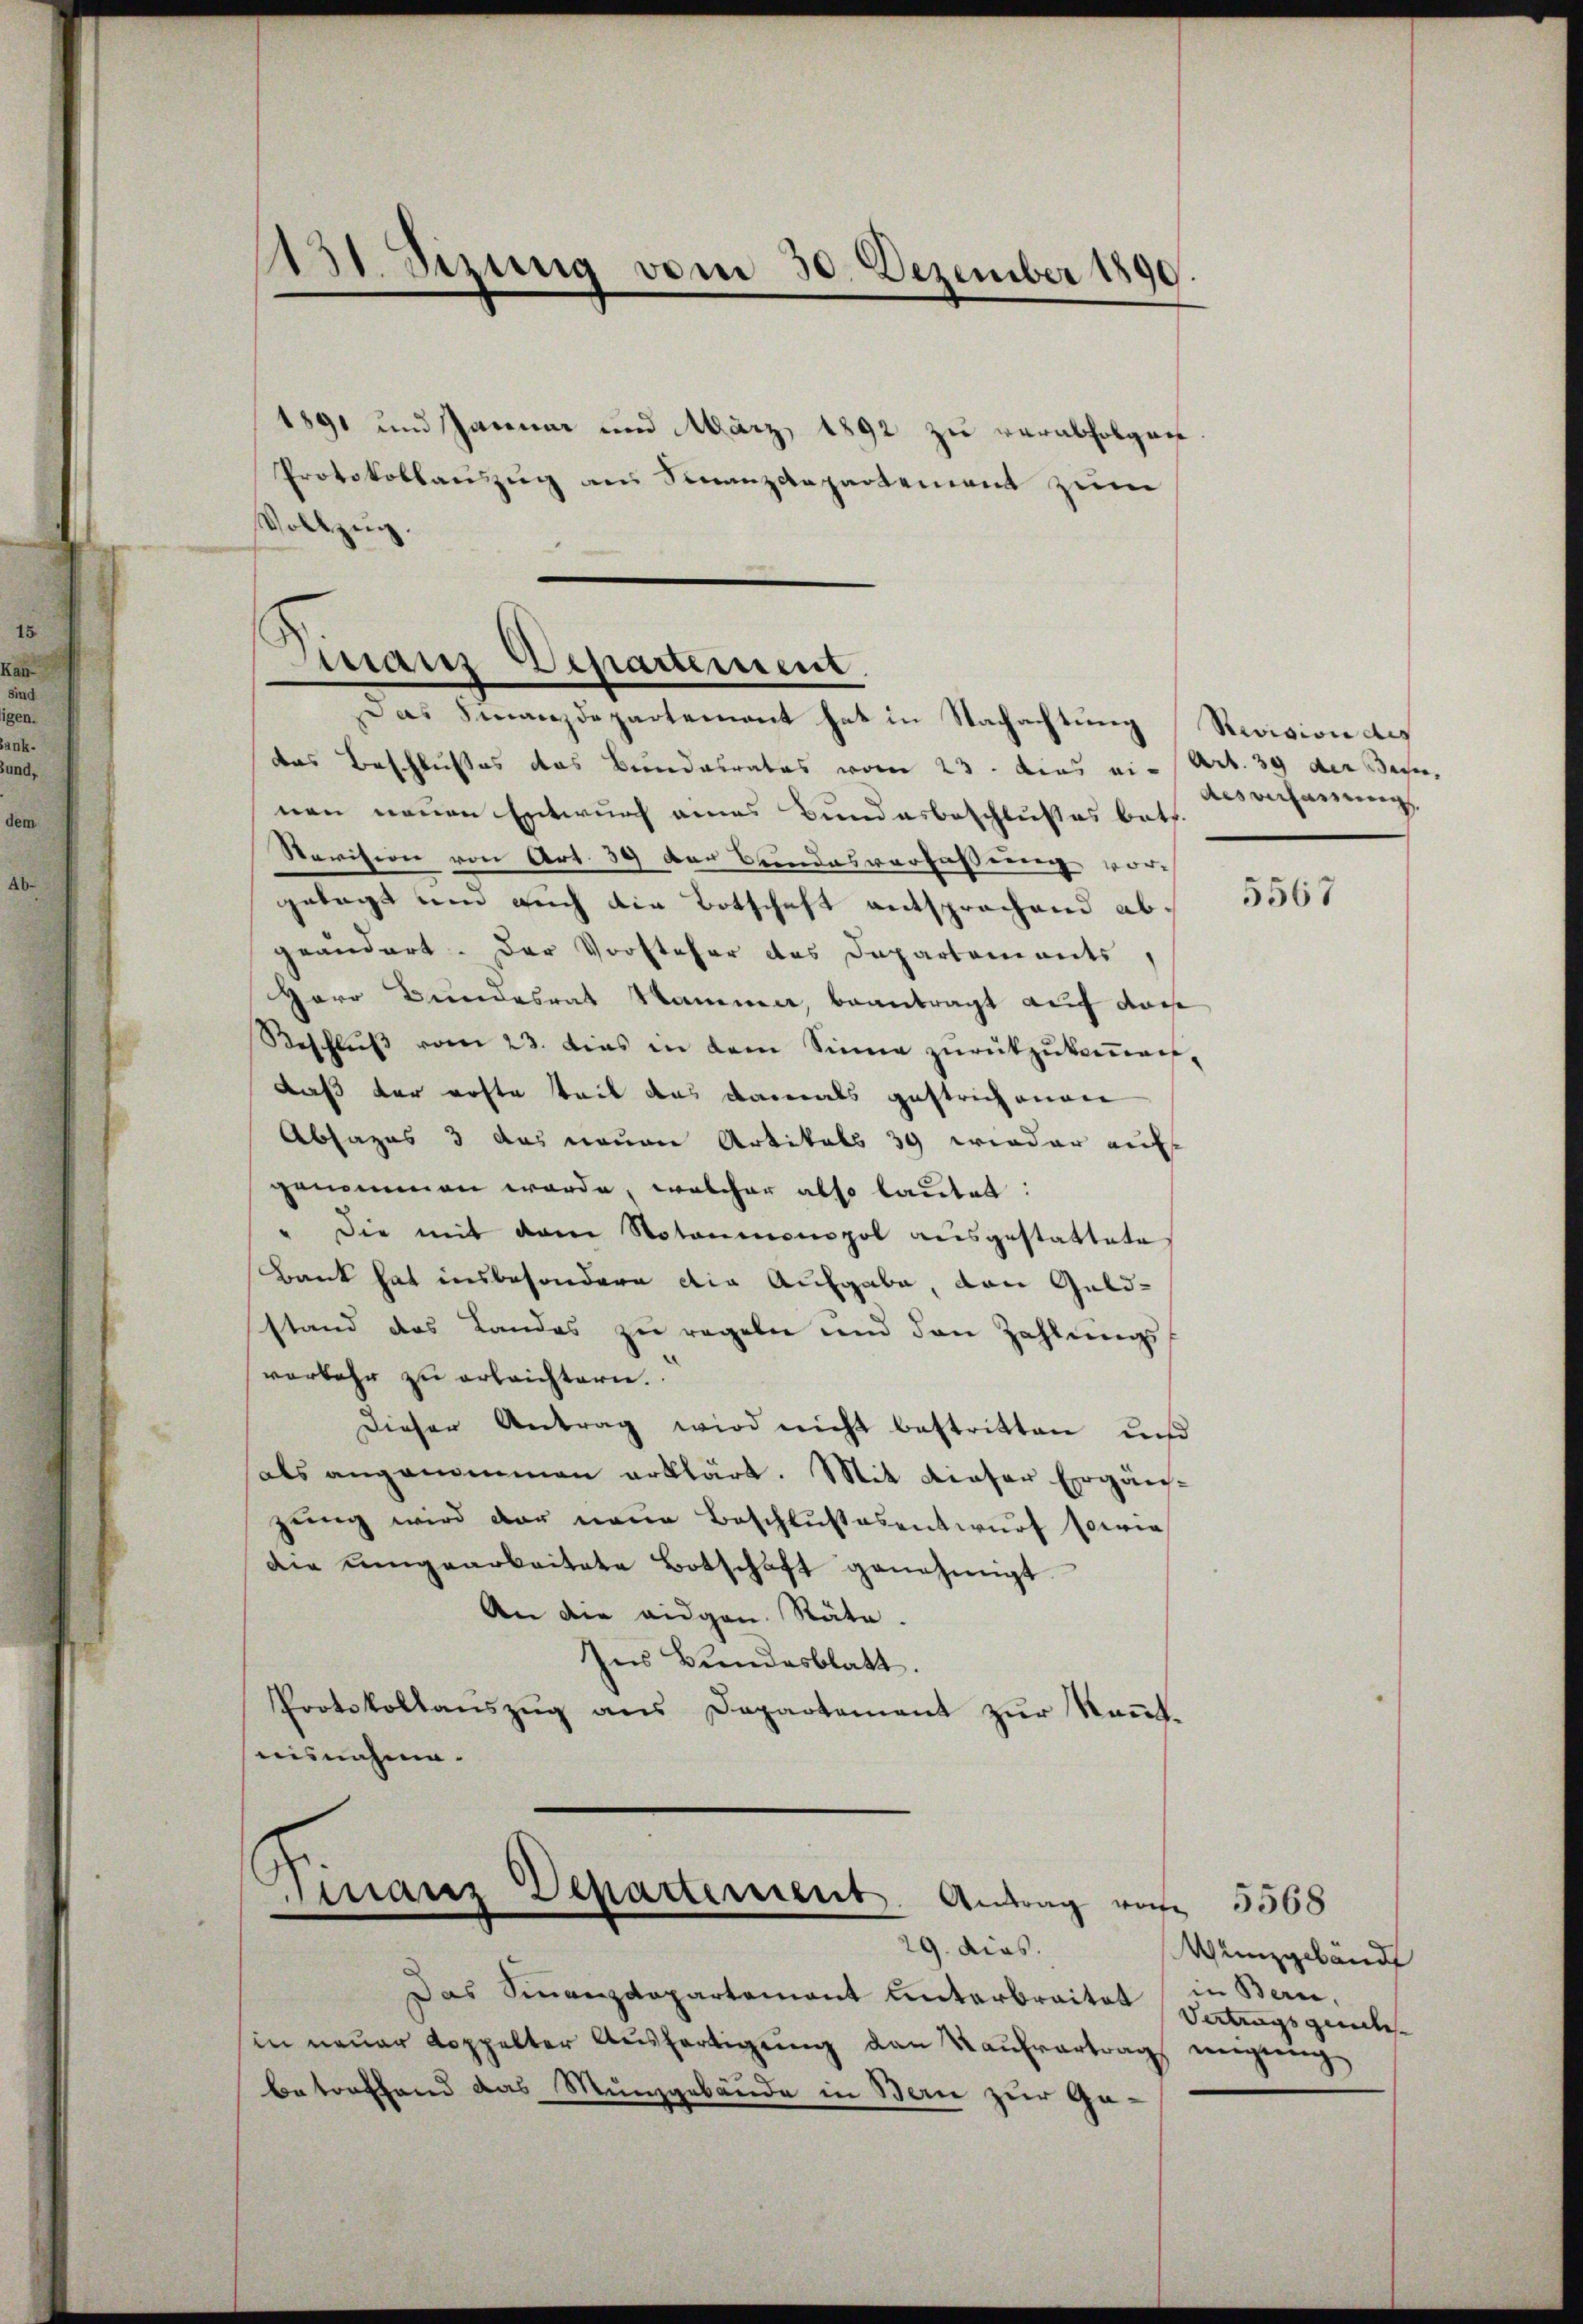
131 Sizung vom 30. Dezember 1890.

1891 und Januar und März 1892 zu verabfolgen.
Protokollauszug aus Finanzdepartement zum
Vollzug.

Finanz Departement.
Das Finanzdepartement hat in Nachachtung Revision des

das Beschlusses das Bundesrates vom 23. dies ein Art. 39 der Bahn,
nen neuen Entwurf eines Bundesbeschlußes bath.
Revision von Art. 39 der Bundesverfassung vorh
gelegt um auch die Botschaft entsprochend abgeändert. Der Vorsteher des Departements,
Herr Bundesrat Nammer, beantragt auf dass
Beschlŭβ vom 23. dies in dem Sinne zŭrückzŭkoṁan-
daß der erfte teil das damals gestrichenen
Absages 3 das neuen Artikals 39 wieder auf
genommen werde, welcher also lautet:
" die mit dem Notarionopol aŭsgestattete
Bank hat insbesondere die Aufgabe, den Geldstand das Landes zu regeln und den Zahlungsvorkehr zu erleichtern.
Dieser Antrag wird nicht bestritten und
als angenommen erklärt. Mit dieser Ergän-
zŭng wird der neue Beschlußesentwurf sowie
die umgearbeitete Botschaft genehmigt.
An die eidgen. Räte.
Ins Bundesblatt.
Protokollauszug aus Departement zur Kenntnisnahme.

Finanz Departement. Antrag von 5568
29. dies.

Das Sinanzdepartement unterbreitet
in neuer Koppelter Aŭsfertigŭng den Kaŭfvertrag neigung
betreffend das Munzgebäude in Bern zur Ge¬

Ausverfassung,

5567

Wunzgeländ
in Bern,
Vertragsgemiles